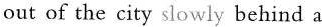
out of the city slowly behind a